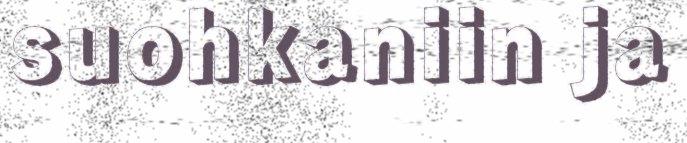
suohkaniin ja